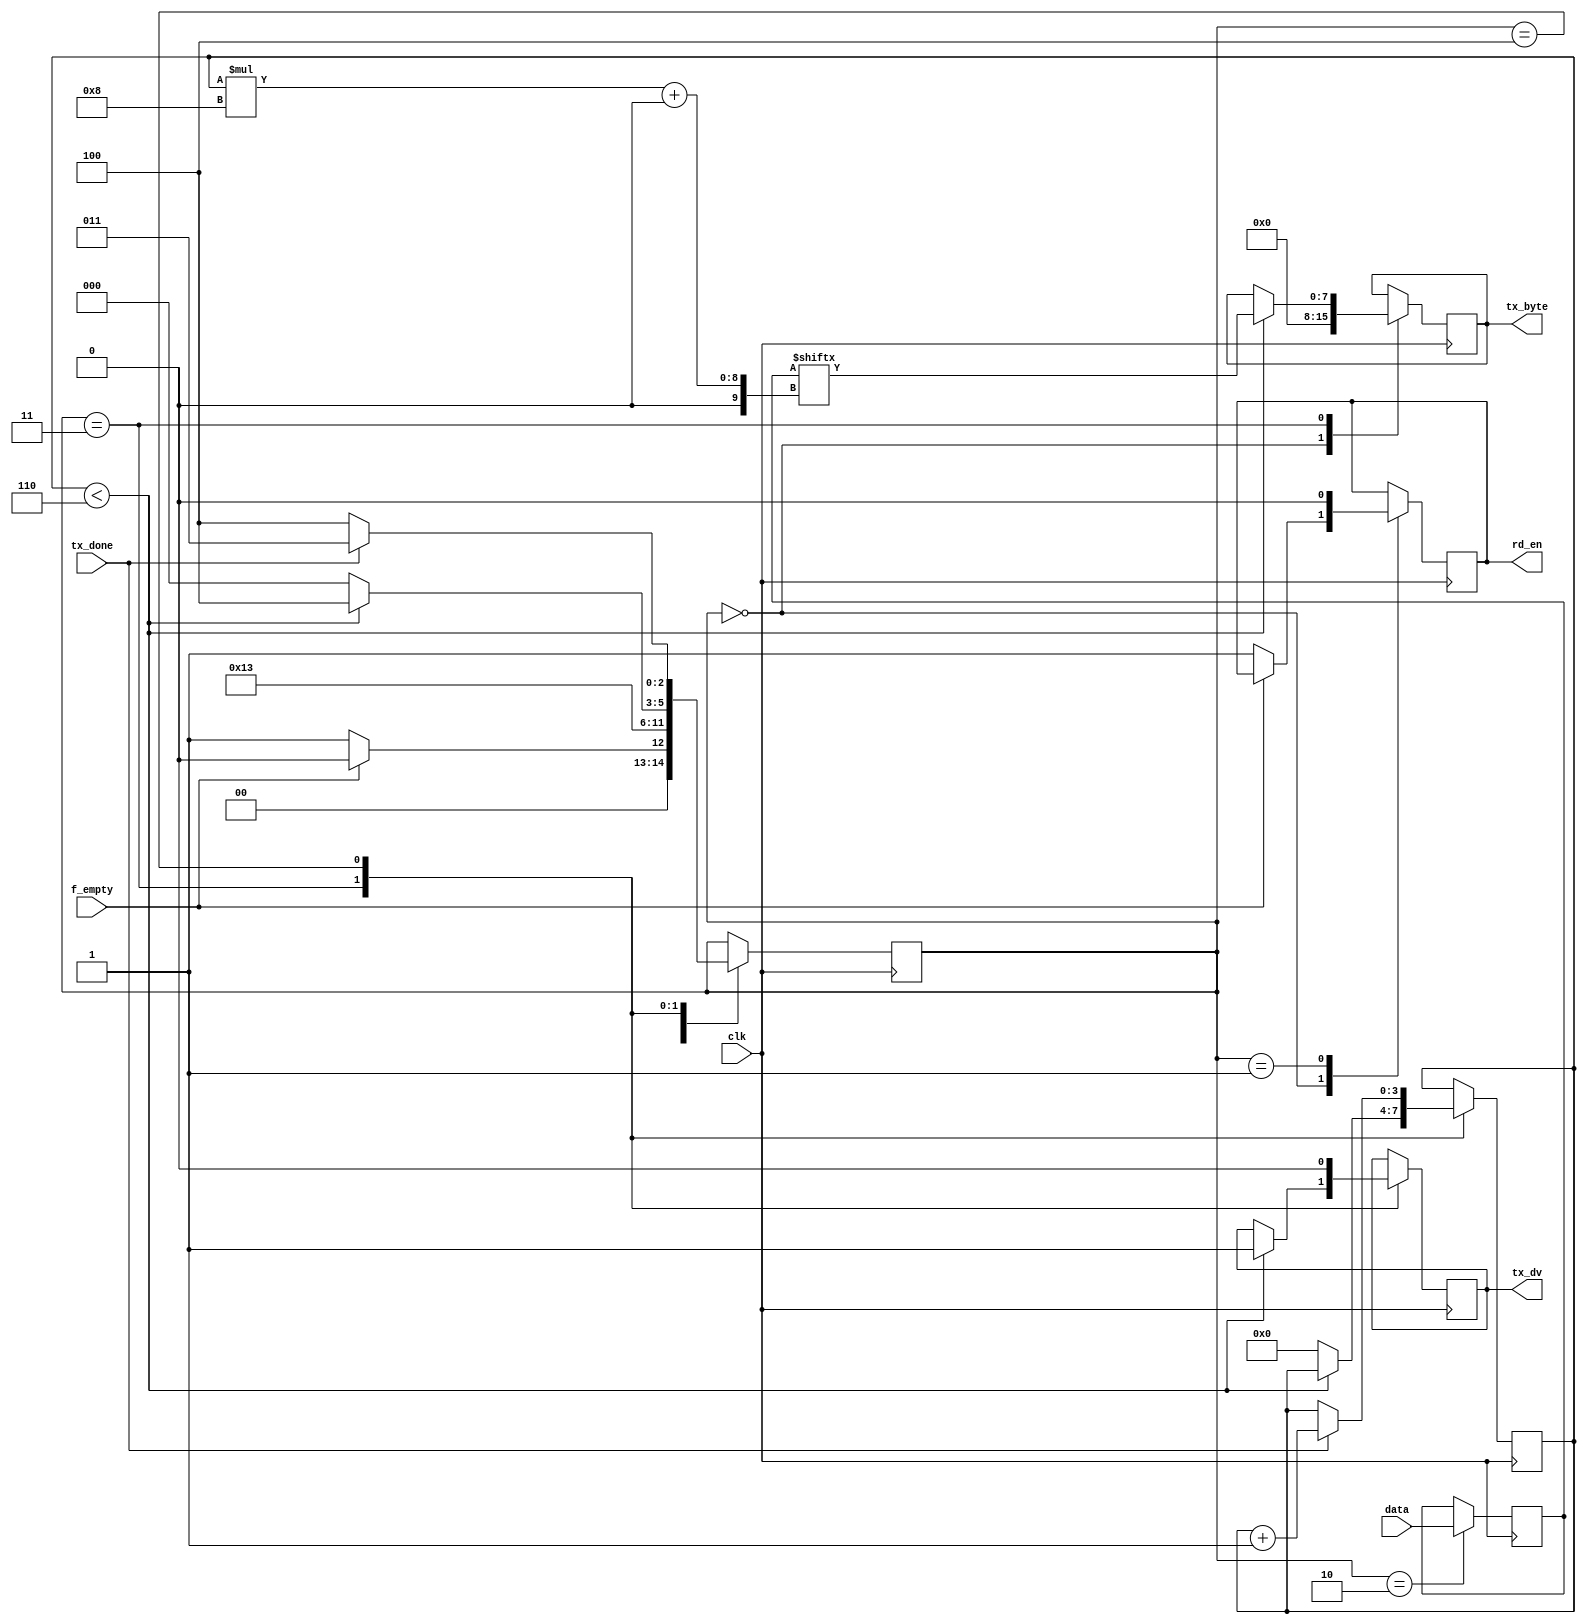
module test_tx_ctrl(
    input           clk,
    input           f_empty,
    input [47:0]    data,
    output          rd_en,
    
    // UART Tx signals
    input           tx_done,
    output          tx_dv,
    output [7:0]    tx_byte
);

/* Register declaration*/
reg             r_rd_en = 0;
reg [47:0]      r_data = 0;
reg [3:0]       count = 0;
reg             r_uart_dv = 0;
reg [7:0]       r_uart_data = 0;

/* State Macine Parameters */
reg [2:0] state = 0;
localparam IDLE = 3'b000;
localparam READ_EN = 3'b001;
localparam READ  = 3'b010;
localparam UART_TX = 3'b011;
localparam UART_ACK = 3'b100;

always @(posedge clk) begin
    case (state) 
        IDLE: begin
            r_uart_data <= 0;
            if(!f_empty) begin
                r_rd_en <= 1;
                state <= READ_EN;
            end else begin
                state <= IDLE;
            end
        end
        
        READ_EN: begin
            r_rd_en <= 0;
            state <= READ;
        end
        
        READ: begin
            r_data <= data;
            state <= UART_TX;
        end
        
        UART_TX: begin
            if (count < 6) begin
                r_uart_dv <= 1;
                r_uart_data <= r_data[count*8 +: 8];
                state <= UART_ACK;
            end else begin
                count  <= 0; 
                state  <= IDLE; 
            end
        end
        
        UART_ACK: begin
            r_uart_dv <= 0;
            if(tx_done) begin
                count <= count + 1;
                state <= UART_TX;
            end else begin
                state <= UART_ACK;
            end
        end
        
    endcase
end

assign rd_en = r_rd_en;
assign tx_dv = r_uart_dv;
assign tx_byte = r_uart_data;

endmodule